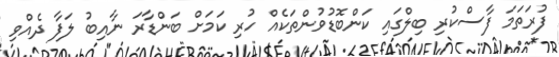
ފުރަތަމަ ފާސްކުރި ބިލްގައި ކަންބޮޑުވުންތަކެއް ހުރި ކަމަށް ބަންޑާރަ ނާއިބު ލަފާ ދެއްވި